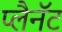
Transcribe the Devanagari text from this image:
प्लैनॅट